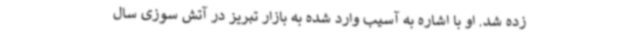
زده شد. او با اشاره به آسیب وارد شده به بازار تبریز در آتش سوزی سال